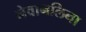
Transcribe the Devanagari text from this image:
नेवानलिना